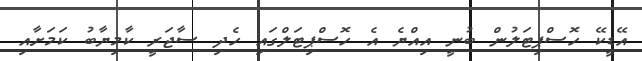
އޭޑީކޭ ހޮސްޕިޓަލުން ބުނީ އިއްޔެ އެ ހޮސްޕިޓަލްގައި ހެދި ސާޖަރީ ކާމިޔާބު ކަމަށާއި